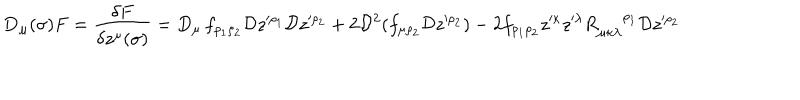
{ \bf D } _ { \mu } ( \sigma ) F = { \frac { \delta F } { \delta z ^ { \mu } ( \sigma ) } } = D _ { \mu } \, f _ { \rho _ { 1 } \rho _ { 2 } } { \cal D } z ^ { \prime \rho _ { 1 } } { \cal D } z ^ { \prime \rho _ { 2 } } + 2 { \cal D } ^ { 2 } ( f _ { \mu \rho _ { 2 } } { \cal D } z ^ { \prime \rho _ { 2 } } ) - 2 f _ { \rho _ { 1 } \rho _ { 2 } } z ^ { \prime \kappa } z ^ { \prime \lambda } R _ { \mu \kappa \lambda } ^ { { \, \, \, \, \, \, \, \, } \rho _ { 1 } } { \cal D } z ^ { \prime \rho _ { 2 } }